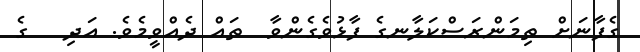
ގެފާނަށް ތިމަންރަސްކަލާނގެ ފާޅުވެގެންވާ  ތައް ދެއްވީމެވެ. އަދި   ގެ